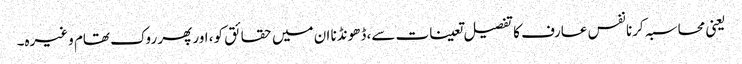
یعنی محاسبہ کرنا نفس عارف کا تفصیل تعینات سے، ڈھونڈنا ان میں حقائق کو، اور پھر روک تھام وغیرہ۔